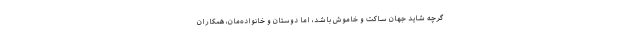
گرچه شاید جهان ساکت و خاموش باشد، اما دوستان و خانواده‌مان، همکاران